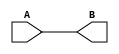
module buffer (
    A, B
);
input A;
output B;
assign B = A;  
endmodule

module TestTB;
reg A;
wire B;

buffer T1(A, B);
initial begin
    A=1'b1;
    $monitor("Time = %0t, A = %b, B = %b", $time, A, B);
    #5 A=1'b0;
    #5 A=1'b1;
end
endmodule